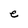
Character: e